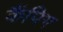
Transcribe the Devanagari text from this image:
कैंपिग